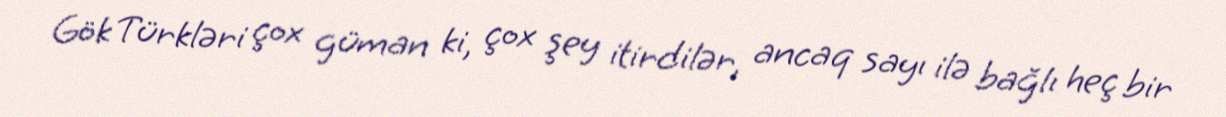
Gök Türkləri çox güman ki, çox şey itirdilər, ancaq sayı ilə bağlı heç bir